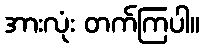
အားလုံး တက်ကြပါ။